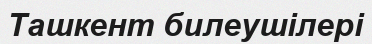
Ташкент билеушілері